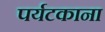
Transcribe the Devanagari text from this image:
पर्यटकाना